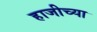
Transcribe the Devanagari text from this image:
हाजीच्या